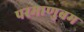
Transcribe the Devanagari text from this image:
परमाणुबम